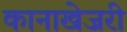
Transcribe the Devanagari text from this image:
कानाखेजरी